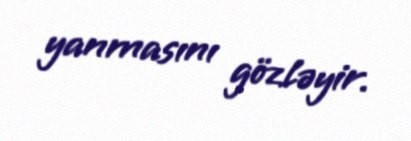
yanmasını gözləyir.